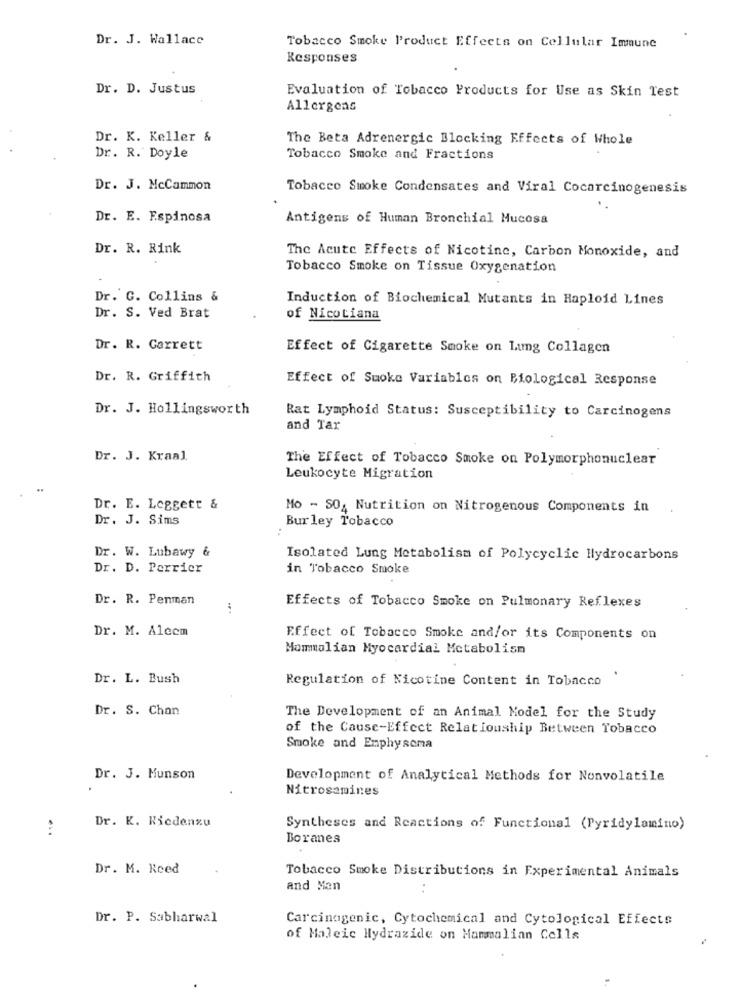
Dr. J. Wallace
Tobacco Smoke Product Effects on Cellular Immune
Responses
Dr. D. Justus
Evaluation of Tobacco Products for Use as Skin Test
Allergens
Dr. K. Keller &
The Beta Adrenergic Blocking Effects of Whole
Dr. R. Doyle
Tobacco Smoke and Fractions
Dr. J. McCammon
Tobacco Smoke Condensates and Viral Cocarcinogenesis
Dr. E. Espinosa
Antigens of Human Bronchial Mucosa
Dr. R. Rink
The Acute Effects of Nicotine, Carbon Monoxide, and
Tobacco Smoke on Tissue Oxygenation
Dr. G. Collins &
Induction of Biochemical Mutants in Haploid Lines
Dr. S. Ved Brat
of Nicotiana
Dr. R. Garrett
Effect of Cigarette Smoke on Lung Collagen
Dr. R. Griffith
Effect of Smoke Variables on Biological Response
Dr. J. Hollingsworth
Rat Lymphoid Status: Susceptibility to Carcinogens
and Tar
Dr. J. Kraal.
The Effect of Tobacco Smoke on Polymorphonuclear
Leukocyte Migration
Dr. E. Leggett &
Mo - SO, Nutrition on Nitrogenous Components in
Dr. J. Sims
Bur ley Tobacco
Dr. W. Lubawy &
Isolated Lung Metabolism of Polycyclic Hydrocarbons
Dr. D. Perrier
in Tobacco Smoke
Dr. R. Penman
..
Effects of Tobacco Smoke on Pulmonary Reflexes
Dr. M. Alecm
Effect of Tobacco Smoke and/or its Components on
Mommalian Myocardial Metabolism
Dr. L. Bush
Regulation of Nicotine Content in Tobacco
Dr. S. Chan
The Development of an Animal Model for the Study
of the Cause-Effect Relationship Between Tobacco
Smoke and Emphysema
Dr. J. Munson
Development of Analytical Methods for Nonvolatile
Nitrosamines
Dr. K. Kicdenzu
Syntheses and Reactions of Functional (Pyridylamino)
...
Boranes
Dr. M. Reed
Tobacco Smoke Distributions in Experimental Animals
and Man
Dr. P. Sabharwal
Carcinogenic, Cytochemical and Cytological Effects
of Maleic Hydrazide on Mammalian Cells